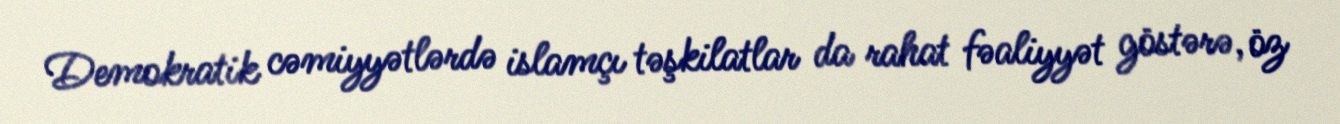
Demokratik cəmiyyətlərdə islamçı təşkilatlar da rahat fəaliyyət göstərə, öz